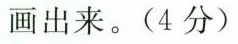
画出来。(4分)